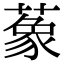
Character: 𦺨